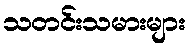
သတင်းသမားများ